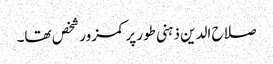
صلاح الدین ذہنی طور پر کمزور شخص تھا۔